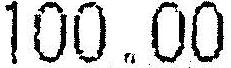
100.00